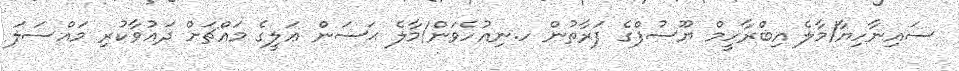
ސައިނާހިޔާ/މާލެ އިބްރާހީމް ޔޫސުފްގެ ފަރާތުން ހ.ނިއުހެވަން/މާލެ ޙަސަން ޢަލީގެ މައްޗަށް ދަޢުވާކުރި މައްސަލަ